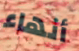
أنهاء